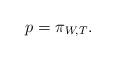
LaTeX: \begin{align*} p = \pi_{W, T}.\end{align*}